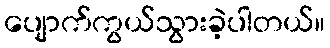
ပျောက်ကွယ်သွားခဲ့ပါတယ်။